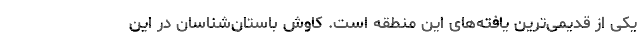
یکی از قدیمی‌ترین یافته‌های این منطقه است. کاوش باستان‌شناسان در این